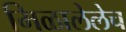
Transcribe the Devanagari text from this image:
मिळालेलेच